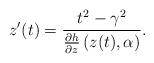
LaTeX: \begin{align*}z'(t)=\frac{t^{2}-\gamma^{2}}{\frac{\partial h}{\partial z}\left(z(t),\alpha\right)}.\end{align*}